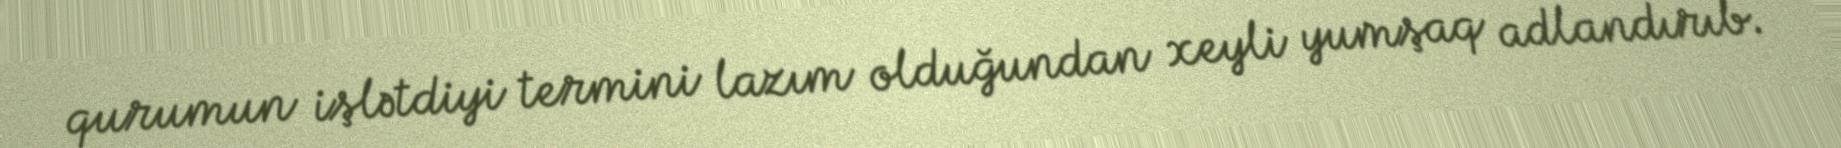
qurumun işlətdiyi termini lazım olduğundan xeyli yumşaq adlandırıb.